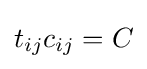
t_{ij}c_{ij}=C